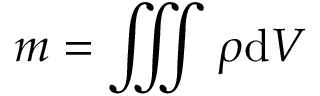
m = \iiint \rho \mathrm { d } V